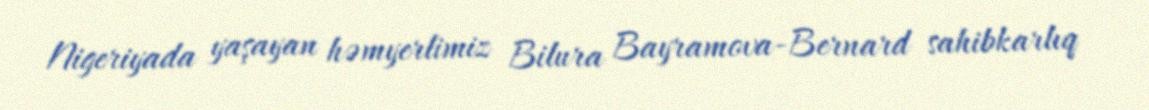
Nigeriyada yaşayan həmyerlimiz Bilura Bayramova-Bernard sahibkarlıq